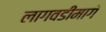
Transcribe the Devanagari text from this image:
लागवडीमागे